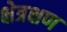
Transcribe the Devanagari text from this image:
क्षेत्रक्षण